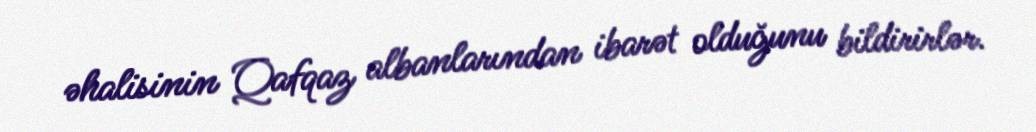
əhalisinin Qafqaz albanlarından ibarət olduğunu bildirirlər.